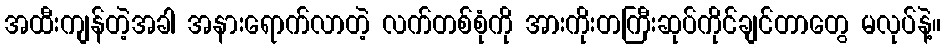
အထီးကျန်တဲ့အခါ အနားရောက်လာတဲ့ လက်တစ်စုံကို အားကိုးတကြီးဆုပ်ကိုင်ချင်တာတွေ မလုပ်နဲ့။